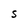
Character: S